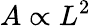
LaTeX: A\propto L^{2}